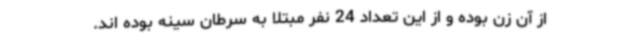
از آن زن بوده و از این تعداد 24 نفر مبتلا به سرطان سینه بوده اند.